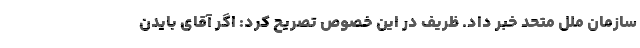
سازمان ملل متحد خبر داد. ظریف در این خصوص تصریح کرد: اگر آقای بایدن